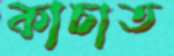
কাচাত